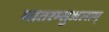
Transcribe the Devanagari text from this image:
मातरम्सुजलाम्